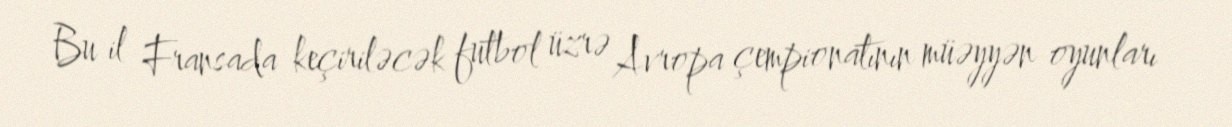
Bu il Fransada keçiriləcək futbol üzrə Avropa çempionatının müəyyən oyunları